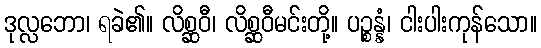
ဒုလ္လဘော၊ ရခဲ၏။ လိစ္ဆဝီ၊ လိစ္ဆဝီမင်းတို့။ ပဉ္စန္နံ၊ ငါးပါးကုန်သော။